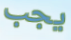
يجب